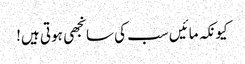
کیونکہ مائیں سب کی سانجھی ہوتی ہیں!